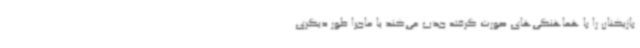
بازیکنان را با هماهنگی‌های صورت گرفته جذب می‌کند یا ماجرا طور دیگری